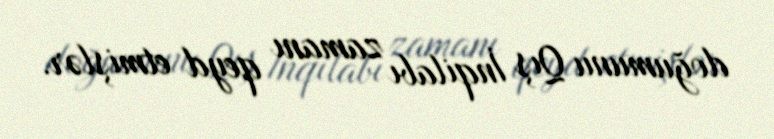
doğumunu Qış İnqilabı zamanı qeyd etmişlər.